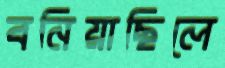
বনিয়াছিলে